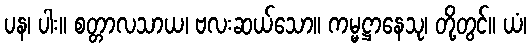
ပန၊ ပါး။ စတ္တာလသာယ၊ ဗလးဆယ်သော။ ကမ္မဋ္ဌာနေသု၊ တို့တွင်။ ယံ၊